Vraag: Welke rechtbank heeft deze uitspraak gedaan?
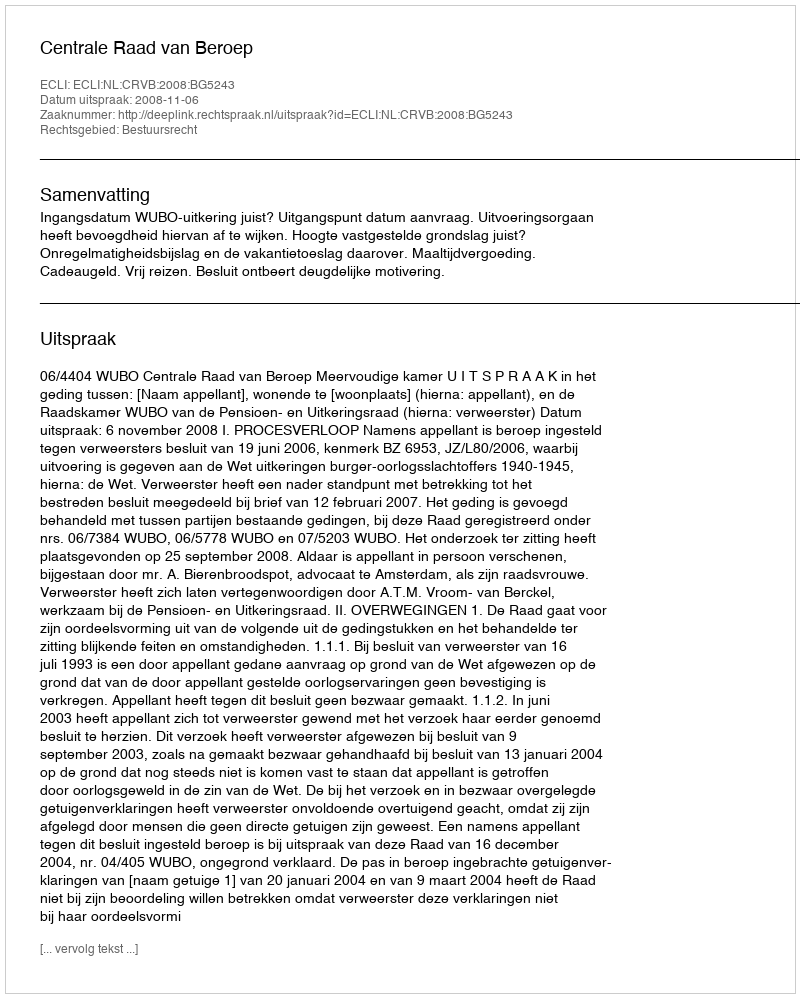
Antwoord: Centrale Raad van Beroep